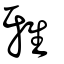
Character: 雅